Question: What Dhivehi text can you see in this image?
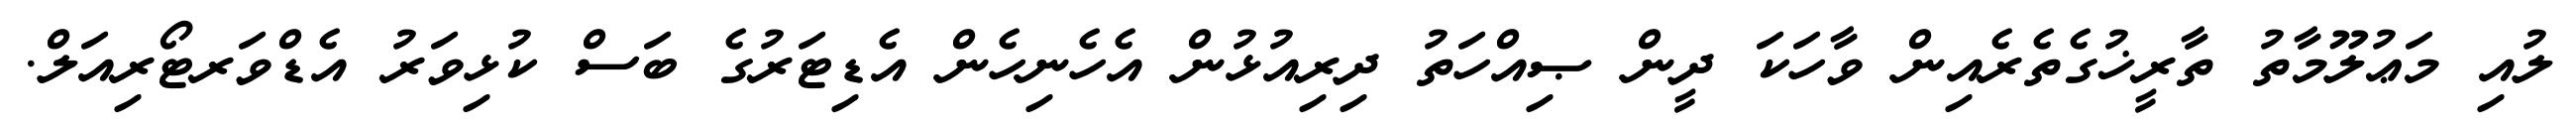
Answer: ލުއި މަޢުލޫމާތު ތާރީޚުގެތެރެއިން ވާހަކަ ދީން ޞިއްހަތު ދިރިއުޅުން އެހެނިހެން އެޑިޓަރުގެ ބަސް ކުޅިވަރު އެޑްވަރޓޯރިއަލް.